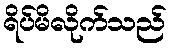
ရိပ်မိလိုက်သည်